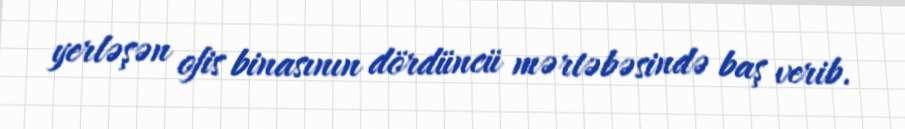
yerləşən ofis binasının dördüncü mərtəbəsində baş verib.